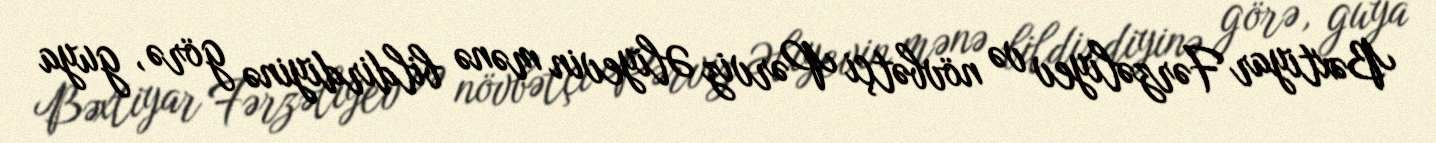
Bəxtiyar Fərzəliyev və növbətçi Pərviz Əliyevin mənə bildirdiyinə görə, guya